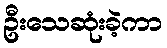
ဦးသေဆုံးခဲ့ကာ